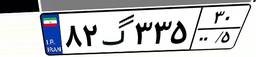
۸۲گ۳۳۵۳۰